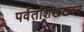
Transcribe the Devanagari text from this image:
पर्वतशिखरावर